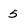
Character: 5